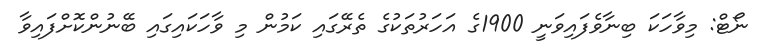
ނޯޓް: މިވާހަކަ ބިނާވެފައިވަނީ 1900ގެ އަހަރުތަކުގެ ތެރޭގައި ކަމުން މި ވާހަކައިގައި ބޭނުންކޮށްފައިވާ